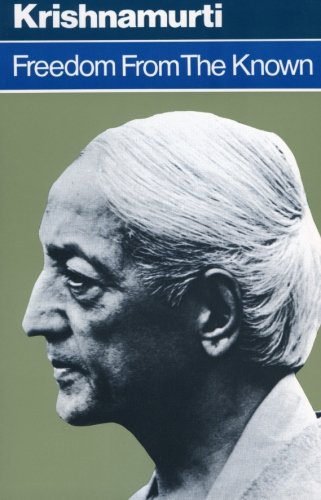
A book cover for Freedom from the Known; Jiddu Krishnamurti; Self-Help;